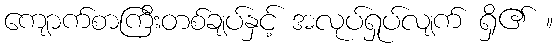
ကျောက်စာကြီးတစ်ချပ်နှင့် အလုပ်ရှုပ်လျက် ရှိ၏ ။